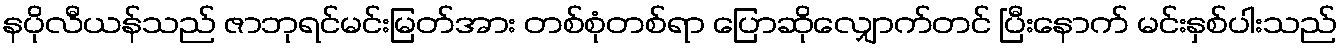
နပိုလီယန်သည် ဇာဘုရင်မင်းမြတ်အား တစ်စုံတစ်ရာ ပြောဆိုလျှောက်တင် ပြီးနောက် မင်းနှစ်ပါးသည်